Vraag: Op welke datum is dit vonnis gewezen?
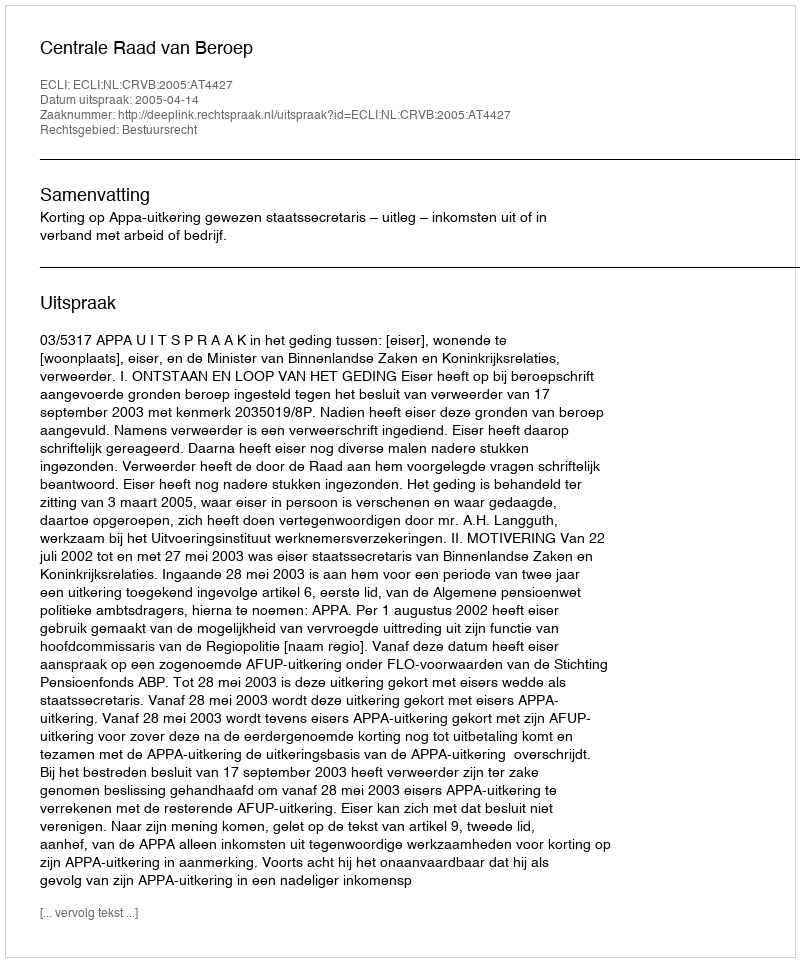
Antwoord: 2005-04-14